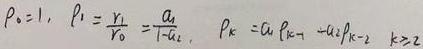
$P_0 = 1, \ P_1 = \frac{r_1}{r_0} = \frac{a_1}{1 - a_2}, \ P_k = a_1 P_{k - 1} + a_2 P_{k - 2}, \ k \geq 2$